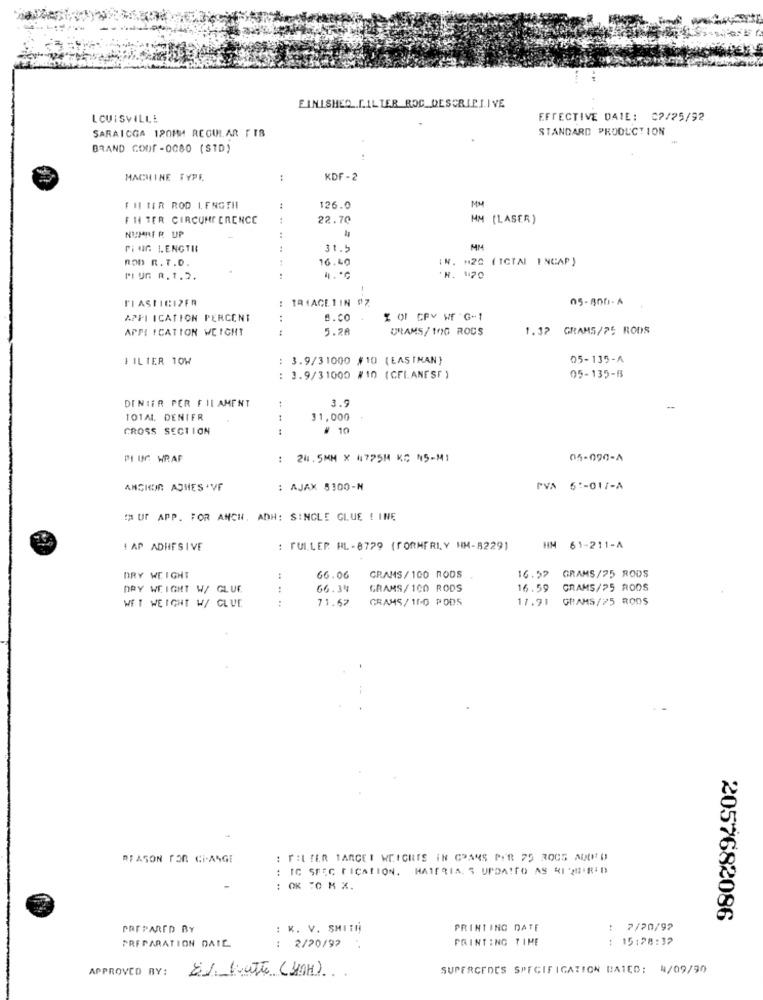
FINISHED FILTER ROC_DESCRIPTIVE
LOUISVILLE
EFFECTIVE DAIE: 07/25/92
STANDARD PRODUCTION
SARAICGA 120MM REGULAR FIB
BRAND GODF -0080 (SID)
MACHINE TYPE,
:
KDF-2
MM
FIL IER ROD LENGTHI
126.0
FH TER CIRCUMFERENCE
22.70
MM (LASER)
NUMRER UP
PING LENGTH
31.5
MM
ROD R. T.D.
16.40
IN. M20 ( ICTAL INCAP )
PLUG R. 1.2.
'R. 170
!
: TRIAGETIN #7
05-800-A
APPLICATION PERCENT
B.CO
% Of CPY WEG-1
APPLICATION WEIGHT
5.28
GRAMS/ 1OG ROUS
1.37
GRAMS/75 RODS
FILTER 10W
: 3.9/31000 #10 ( EASTMAN)
05-135-A
: 3.9/31000 #10 (CFLANESF )
05-135-8
DENIER PER FILAMENT
3.9
TOTAL. DENIER
:
31,000
CROSS SECTION
# 10
PLUG WRAP
24.5MM X 4775M KC N5-M1
05-090-4
ANGIEEIN ASHES . VF
: AJAX 5300-N
PVA 6 :- 017-A
CUT APP. FOR ANCH, ADH: SINGLE GLUE ! INE
I AP ADHESIVE
: FULLER HL - 8779 (FORMERLY HM-8229)
HM 61-211-A
DRY WEIGHT
66.06
GRAMS/ 100 RODS
16.57 GRAMS/25 RODS
DRY WEIGHT W/ GLUE
:
66.34
GRAMS/ 100 RODS
16.59
GRAMS/25 ROOS
71.67
GRAMS/ 10-0 PODS
17.91 GRAMS/25 RODS
WET WEIGHT W/ CLUE
REASON FOR Ci-ANGE
: FILTER TARGET WEIGHTS IN GRAMS POR 25 ROCS ADDED
: IC SPEC FICATION. HAIFRIA. S UPDA!TO AS RICHIR'D
: OK :0 M X.
2057682086
PREPARED BY
: K. V. SMITH
PRINTING DATE
: 7/20/92
PREPARATION DATE
PAINTING TIME
15:28:32
: 2/20/92
APPROVED BY:
SUPERCEDES SPECIFICATION DATED: N/09/90
8%. hatte (MAH).